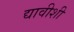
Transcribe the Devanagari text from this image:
द्यावीशी